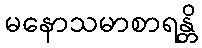
မနောသမာစာရန္တိ